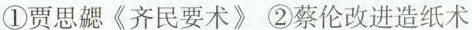
①贾思勰《齐民要术》 ②蔡伦改进造纸术